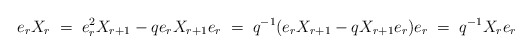
\begin{align*}e_rX_r\;=\; e_r^2X_{r+1}-qe_rX_{r+1}e_r\;=\; q^{-1}(e_rX_{r+1}-qX_{r+1}e_r)e_r\;=\;q^{-1}X_re_r\end{align*}